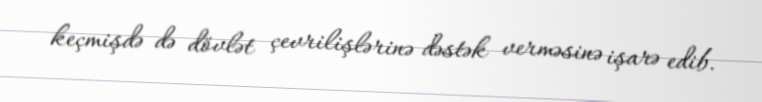
keçmişdə də dövlət çevrilişlərinə dəstək verməsinə işarə edib.